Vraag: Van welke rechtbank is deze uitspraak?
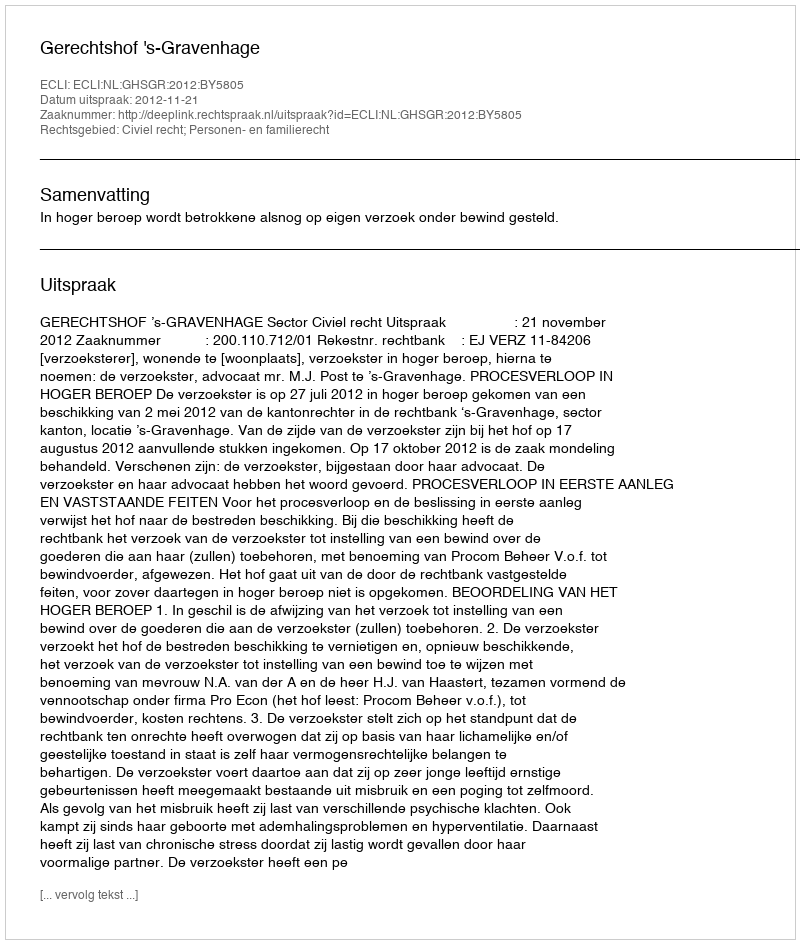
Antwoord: Gerechtshof 's-Gravenhage